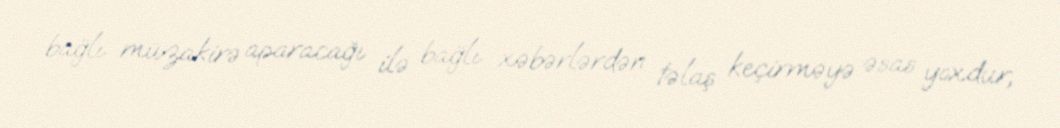
bağlı müzakirə aparacağı ilə bağlı xəbərlərdən təlaş keçirməyə əsas yoxdur,